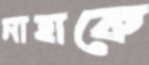
নাহাকে